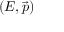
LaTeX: ( E , { \vec { p } } )